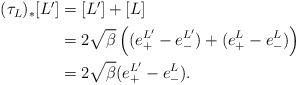
LaTeX: \begin{align*}\begin{aligned} (\tau_{L})_\ast[L'] &=[L'] + [L] \\ & = 2 \sqrt{\beta} \left( (e^{L'} _+ - e^{L'} _-) + (e^{L} _+ - e^{L} _-)\right) \\ & = 2 \sqrt{\beta} (e^{L'} _+ - e^{L} _-).\end{aligned}\end{align*}